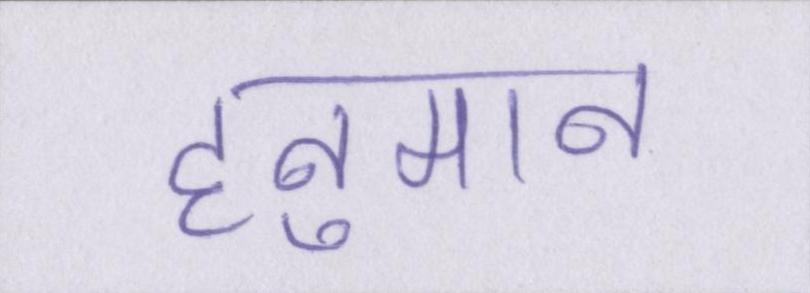
हनुमान